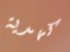
كهدية